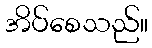
အိပ်စေသည်။